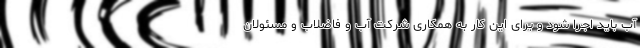
آب باید اجرا شود و برای این کار به همکاری شرکت آب و فاضلاب و مسئولان